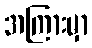
အကြားမှာ